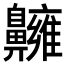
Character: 𪖿